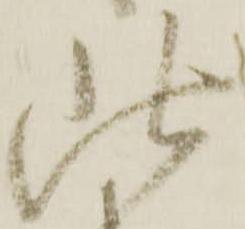
此